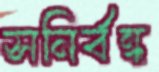
সনির্বন্ধ